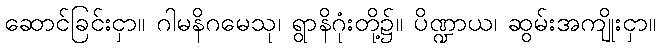
ဆောင်ခြင်းငှာ။ ဂါမနိဂမေသု၊ ရွာနိဂုံးတို့၌။ ပိဏ္ဍာယ၊ ဆွမ်းအကျိုးငှာ။